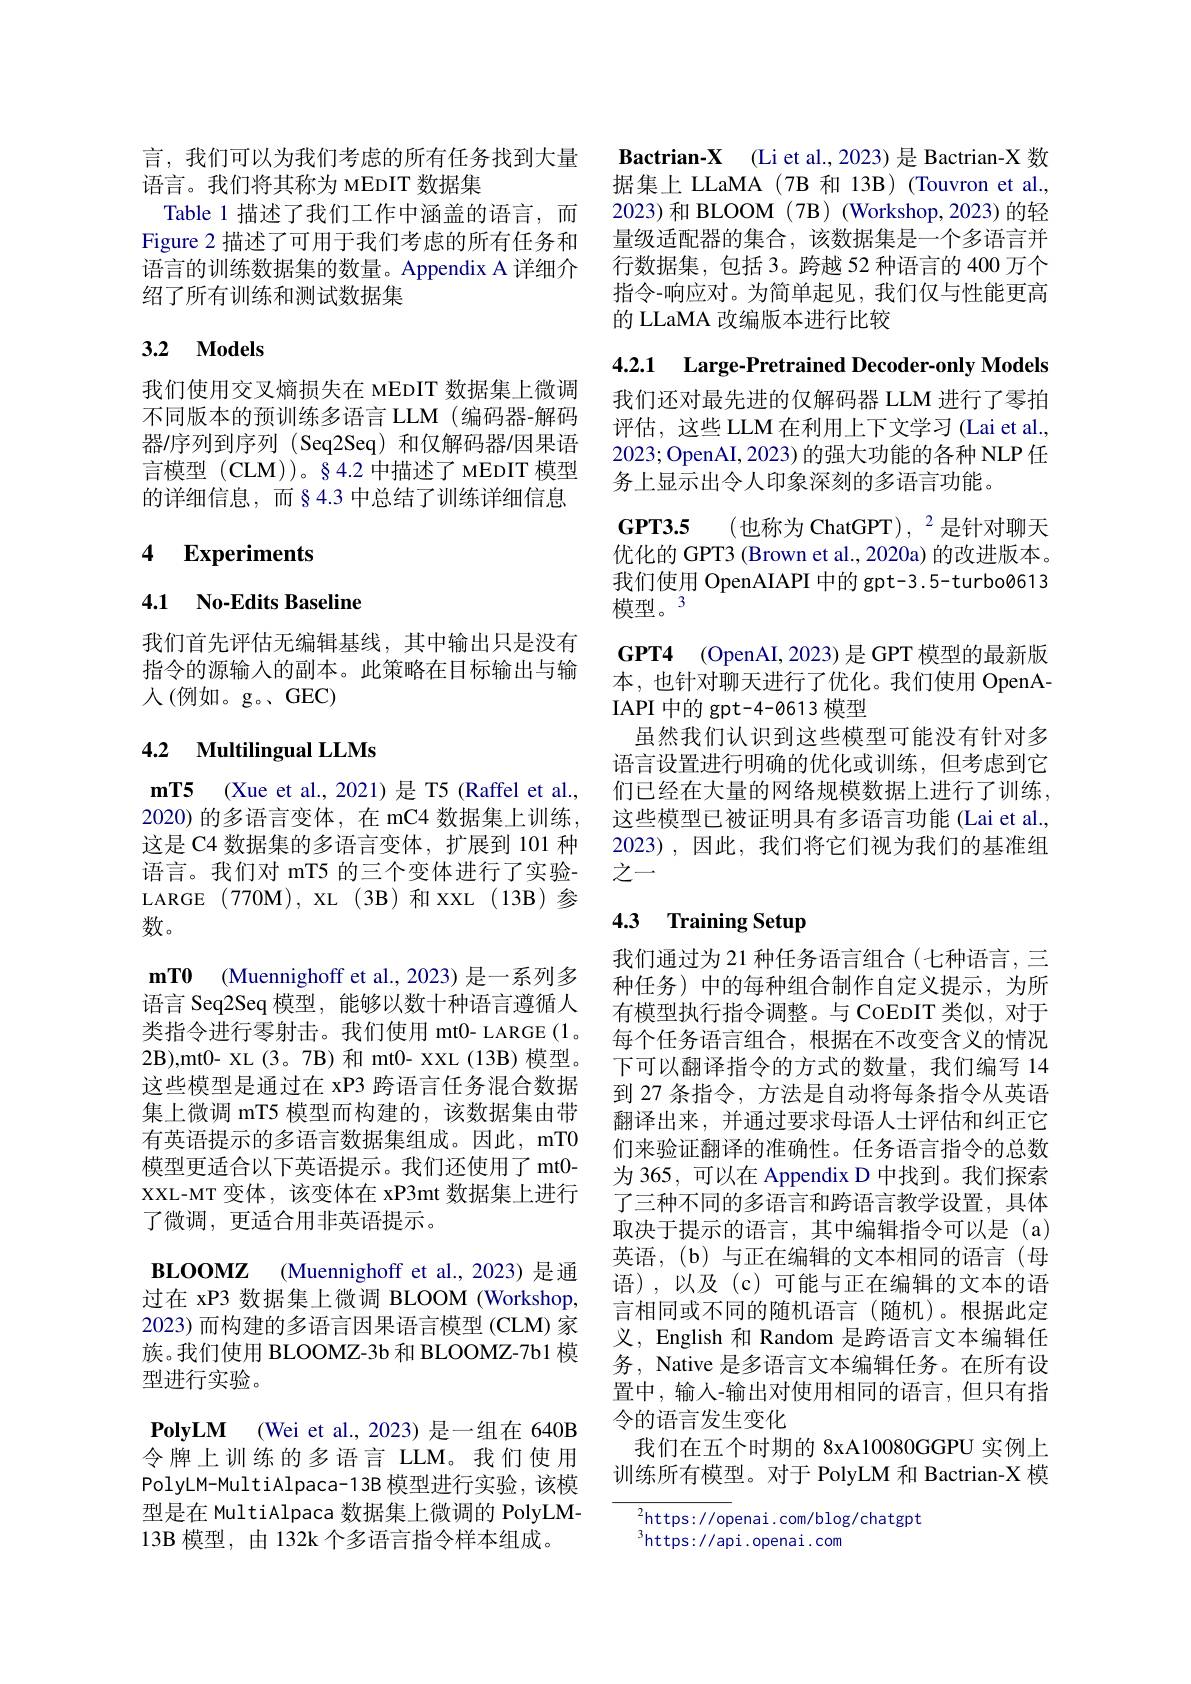
言，我们可以为我们考虑的所有任务找到大量
语言。我们将其称为 MEDIT 数据集
Table 1 描述了我们工作中涵盖的语言，而 2023)和 BLOOM (7B)(Workshop,2023)的轻
Figure 2 描述了可用于我们考虑的所有任务和语言的训练数据集的数量。Appendix A 详细介绍了所有训练和测试数据集

## 3.2 Models

我们使用交叉熵损失在 мEDIT 数据集上微调不同版本的预训练多语言 LLM (编码器-解码器/序列到序列 (Seq2Seq)和仅解码器/因果语言模型 (CLM))。§4.2 中描述了 MEDIT 模型的详细信息，而§4.3 中总结了训练详细信息

## 4 Experiments

## 4.1 No-Edits Baseline

我们首先评估无编辑基线，其中输出只是没有指令的源输入的副本。此策略在目标输出与输人(例如。g。GEC)

## 4.2 Multilingual LLMs

$\mathbf{mT5}$ (Xue et al., 2021)是 T5(Raffel et al., 2020)的多语言变体，在 mC4 数据集上训练， 这是 C4 数据集的多语言变体，扩展到 101 种语言。我们对 mT5 的三个变体进行了实验LARGE $(770\mathbf{M})$, XL (3B)和XXL (13B)参数。
$\mathbf{mT0}$ (Muennighoff et al.,2023) 是一系列多语言 Seq2Seq 模型，能够以数十种语言遵循人类指令进行零射击。我们使用 mt0- LARGE(1。2B),mt0- XL(3。7B)和 mt0- XXL(13B)模型。这些模型是通过在 xP3 跨语言任务混合数据集上微调 mT5 模型而构建的，该数据集由带有英语提示的多语言数据集组成。因此，mT0模型更适合以下英语提示。我们还使用了 mt0- XXL-MT 变体，该变体在 xP3mt 数据集上进行了微调，更适合用非英语提示。
BLOOMZ (Muennighoff et al.,2023) 是通过在 xP3 数据集上微调 BLOOM (Workshop, 2023) 而构建的多语言因果语言模型 (CLM) 家族。我们使用 BLOOMZ-3b 和 BLOOMZ-7b1 模型进行实验。
$\textbf{PolyLM}$ (Wei et al.,2023)是一组在 640B 令牌上训练的多语言 LLM。我们使用PolyLM-MultiAlpaca-13B 模型进行实验，该模型是在 MultiAlpaca 数据集上微调的 PolyLM- 13B 模型，由 132k 个多语言指令样本组成。

$\textbf{Bactrian- X}$ (Li et al., 2023) 是 Bactrian-X 数据集上 LLaMA (7B 和 13B) (Touvron et al., 量级适配器的集合，该数据集是一个多语言并行数据集，包括3。跨越 52 种语言的 400 万个指令-响应对。为简单起见，我们仅与性能更高的 LLaMA 改编版本进行比较

4.2.1 Large-Pretrained Decoder-only Models

我们还对最先进的仅解码器 LLM 进行了零拍评估，这些 LLM 在利用上下文学习 (Lai et al. 2023; OpenAI, 2023) 的强大功能的各种 NLP 任务上显示出令人印象深刻的多语言功能。

$\mathbf{GPT3. 5}$ (也称为 ChatGPT),$^2$是针对聊天优化的 GPT3 (Brown et al., 2020a) 的改进版本。我们使用 OpenAIAPI 中的 gpt-3.5-turbo0613模型。3
GPT4 (OpenAI,2023) 是 GPT 模型的最新版本，也针对聊天进行了优化。我们使用 OpenAIAPI 中的 gpt-4-0613 模型
虽然我们认识到这些模型可能没有针对多语言设置进行明确的优化或训练，但考虑到它们已经在大量的网络规模数据上进行了训练， 这些模型已被证明具有多语言功能 (Lai et al. 2023),因此，我们将它们视为我们的基准组之一

# 4.3 Training Setup

我们通过为 21 种任务语言组合(七种语言，三种任务)中的每种组合制作自定义提示，为所有模型执行指令调整。与 CoEDIT 类似，对于每个任务语言组合，根据在不改变含义的情况下可以翻译指令的方式的数量，我们编写 14到 27 条指令，方法是自动将每条指令从英语翻译出来，并通过要求母语人士评估和纠正它们来验证翻译的准确性。任务语言指令的总数为 365, 可以在 Appendix D 中找到。我们探索了三种不同的多语言和跨语言教学设置，具体取决于提示的语言，其中编辑指令可以是(a) 英语，(b)与正在编辑的文本相同的语言(母语),以及(c)可能与正在编辑的文本的语言相同或不同的随机语言(随机)。根据此定义，English 和 Random 是跨语言文本编辑任务，Native 是多语言文本编辑任务。在所有设置中，输入-输出对使用相同的语言，但只有指令的语言发生变化
我们在五个时期的 8xA10080GGPU 实例上训练所有模型。对于 PolyLM 和 Bactrian-X 模

$^{2}$https://openai.com/blog/chatgpt
$^{3}$https://api.openai.com